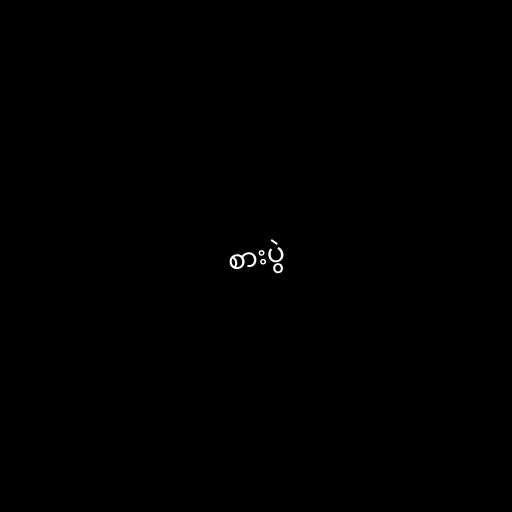
စားပွဲ